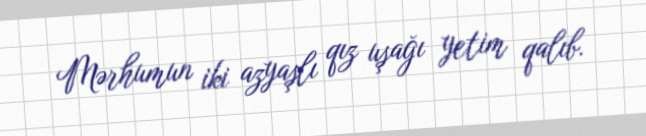
Mərhumun iki azyaşlı qız uşağı yetim qalıb.